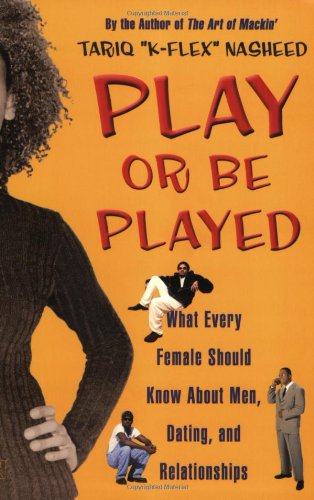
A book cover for Play or Be Played: What Every Female Should Know About Men, Dating, and Relationships; Tariq "K-Flex" Nasheed; Self-Help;